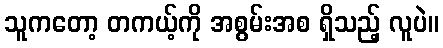
သူကတော့ တကယ့်ကို အစွမ်းအစ ရှိသည့် လူပဲ။